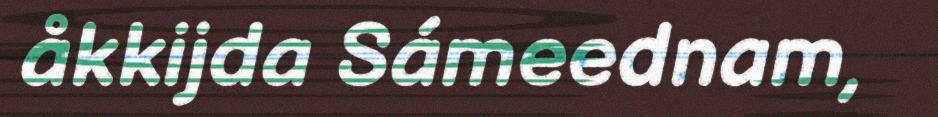
åkkijda Sámeednam,